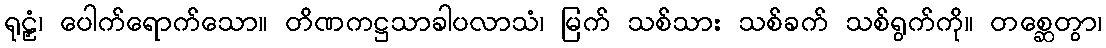
ရုဠှံ၊ ပေါက်ရောက်သော။ တိဏကဋ္ဌသာခါပလာသံ၊ မြက် သစ်သား သစ်ခက် သစ်ရွက်ကို။ တစ္ဆေတွာ၊